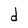
Character: d